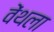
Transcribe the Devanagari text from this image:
वेंथला